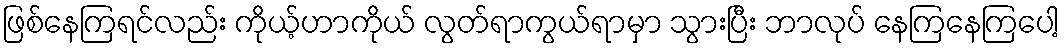
ဖြစ်နေကြရင်လည်း ကိုယ့်ဟာကိုယ် လွတ်ရာကွယ်ရာမှာ သွားပြီး ဘာလုပ် နေကြနေကြပေါ့